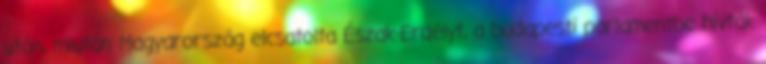
után, miután Magyarország elcsatolta Észak-Erdélyt, a budapesti parlamentbe hívták